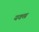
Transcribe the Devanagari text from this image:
यक्ख